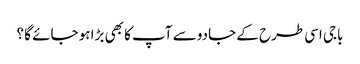
باجی اسی طرح کے جادو سے آپ کا بھی بڑا ہو جائے گا ؟